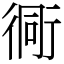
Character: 衕